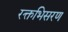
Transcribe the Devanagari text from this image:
रक्तभिसरण